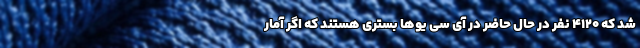
شد که ۴۱۲۰ نفر در حال حاضر در آی ‌سی ‌یوها بستری هستند که اگر آمار